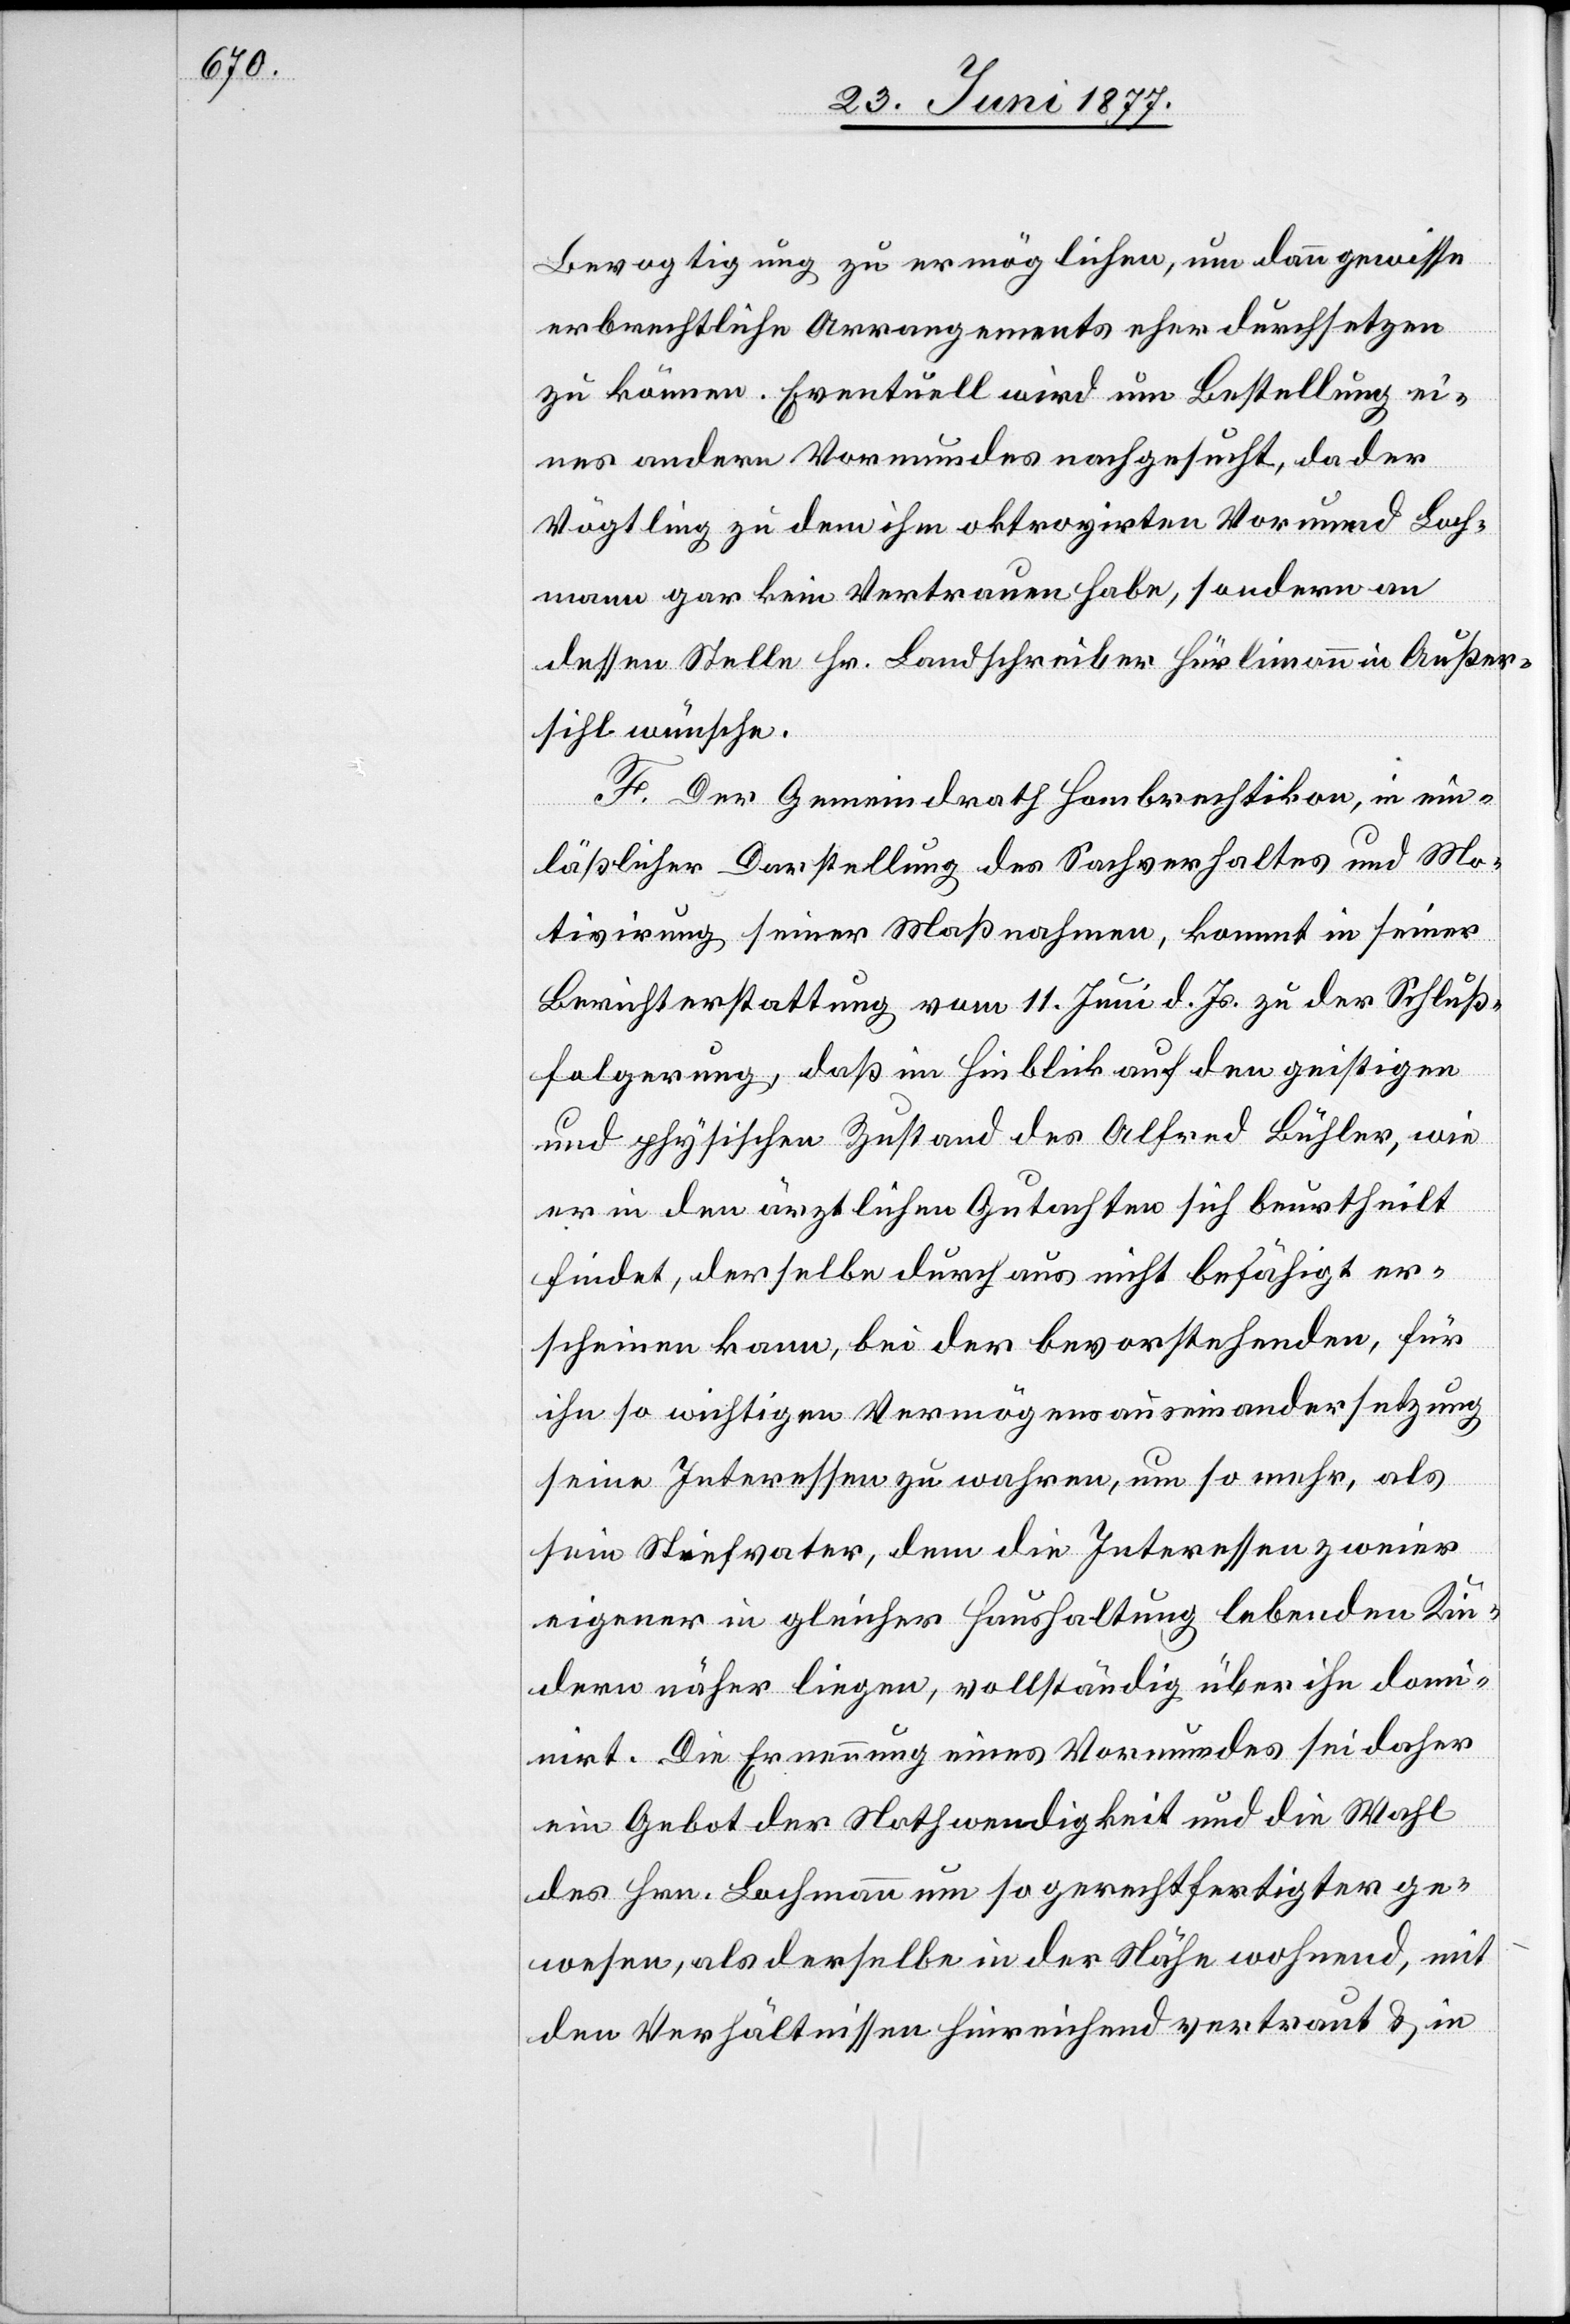
Bevogtigung zu ermöglichen, um dann gewisse
erbrechtliche Arrangements eher durchsetzen
zu können. Eventuell wird um Bestellung ei¬
nes andern Vormundes nachgesucht, da der
Vögtling zu dem ihm oktroyirten Vormund Bach¬
mann gar kein Vertrauen habe, sondern an
dessen Stelle Hr. Landschreiber Hürlimann in Außer¬
sihl wünsche.
F. Der Gemeindrath Hombrechtikon, in ein¬
läßlicher Darstellung des Sachverhaltes und Mo¬
tivirung seiner Maßnahme, kommt in seiner
Berichterstattung vom 11. Juni d. Js. zu der Schluß¬
folgerung, daß im Hinblick auf den geistigen
und physischen Zustand des Alfred Bühler, wie
er in den ärztlichen Gutachten sich beurtheilt
findet, derselbe durchaus nicht befähigt er¬
scheinen kann, bei der bevorstehenden, für
ihn so wichtigen Vermögensauseinandersetzung
seine Interessen zu wahren, um so mehr, als
sein Stiefvater, dem die Interessen zweier
eigener in gleicher Haushaltung lebenden Kin¬
der näher liegen, vollständig über ihn domi¬
nirt. Die Ernennung eines Vormundes sei daher
ein Gebot der Nothwendigkeit und die Wahl
des Hr. Bachmann umso gerechtfertigter ge¬
wesen, als derselbe in der Nähe wohnend, mit
den Verhältnissen hinreichen vertraut & in